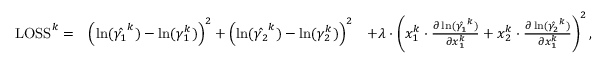
\begin{array} { r l r } { \mathrm { L O S S } ^ { k } = } & { \left( \ln ( \hat { \gamma _ { 1 } } ^ { k } ) - \ln ( \gamma _ { 1 } ^ { k } ) \right) ^ { 2 } + \left( \ln ( \hat { \gamma _ { 2 } } ^ { k } ) - \ln ( \gamma _ { 2 } ^ { k } ) \right) ^ { 2 } } & { + \lambda \cdot \left( x _ { 1 } ^ { k } \cdot \frac { \partial \ln ( \hat { \gamma _ { 1 } } ^ { k } ) } { \partial x _ { 1 } ^ { k } } + x _ { 2 } ^ { k } \cdot \frac { \partial \ln ( \hat { \gamma _ { 2 } } ^ { k } ) } { \partial x _ { 1 } ^ { k } } \right) ^ { 2 } , } \end{array}